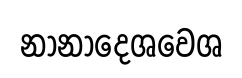
නානාදෙශවෙශ